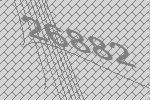
26882